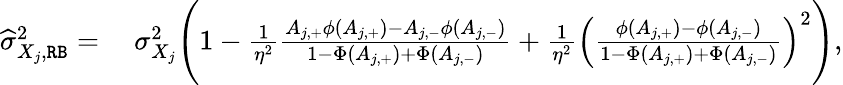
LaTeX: \begin{array}{rl}{\widehat{\sigma}_{X_{j},\mathtt{RB}}^{\mathrm{2}}=}&{\ \sigma_{X_{j}}^{2}\Bigg(1-\frac{1}{\eta^{2}}\frac{A_{j,+}\phi(A_{j,+})-A_{j,-}\phi(A_{j,-})}{1-\Phi(A_{j,+})+\Phi(A_{j,-})}+\frac{1}{\eta^{2}}\Big(\frac{\phi(A_{j,+})-\phi(A_{j,-})}{1-\Phi(A_{j,+})+\Phi(A_{j,-})}\Big)^{2}\Bigg),}\end{array}